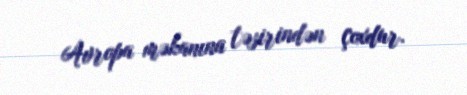
Avropa məkanına təsirindən çoxdur.